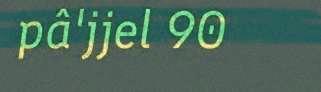
pâ'jjel 90